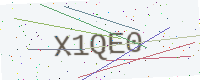
Text: X1QE0